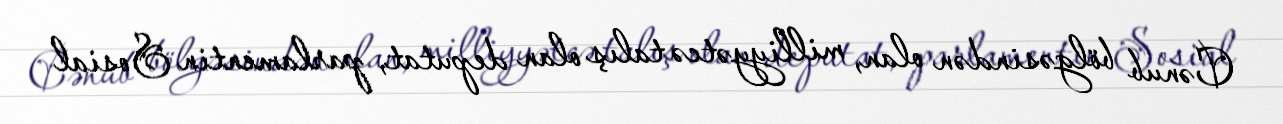
Cənub bölgəsindən olan, milliyyətcə talış olan deputat, parlamentin Sosial